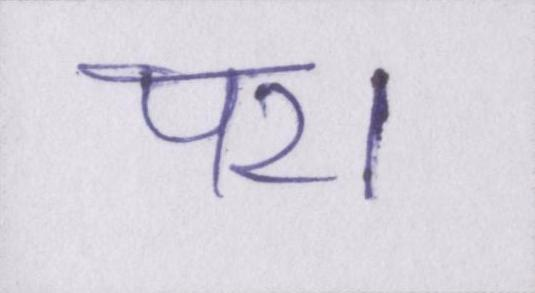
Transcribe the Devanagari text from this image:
पर।